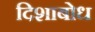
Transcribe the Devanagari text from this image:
दिशाबोध